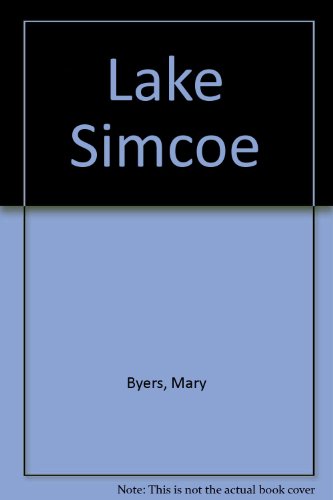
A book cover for Lake Simcoe and Lake Couchiching; Mary Byers; Travel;